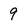
Character: 9